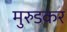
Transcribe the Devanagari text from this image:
मुरुडकर